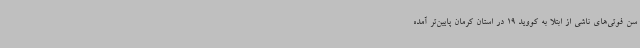
سن فوتی‌های ناشی از ابتلا به کووید 19 در استان کرمان پایین‌تر آمده